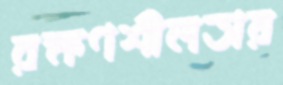
রক্ষণশীলতায়